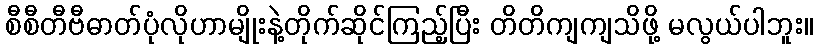
စီစီတီဗီဓာတ်ပုံလိုဟာမျိုးနဲ့တိုက်ဆိုင်ကြည့်ပြီး တိတိကျကျသိဖို့ မလွယ်ပါဘူး။